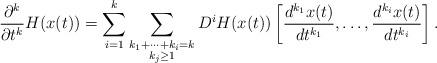
LaTeX: \begin{align*}\frac{\partial^k}{\partial t^k} H(x(t))=\sum_{i=1}^k\sum_{\substack{k_1+\dots+k_i=k\\k_j\geq 1}} D^iH(x(t)) \left[ \frac{d^{k_1} x (t)}{dt^{k_1} }, \dots ,\frac{d^{k_i} x (t)}{dt^{k_i} } \right].\end{align*}